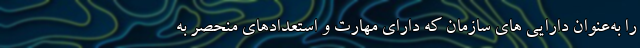
را به‌عنوان دارایی های سازمان که دارای مهارت و استعدادهای منحصر به